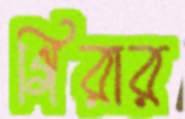
গিরার